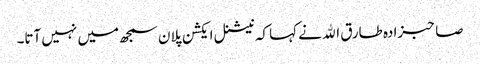
صاحبزادہ طارق اﷲ نے کہا کہ نیشنل ایکشن پلان سمجھ میں نہیں آتا۔